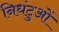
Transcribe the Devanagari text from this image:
निधंटुओं